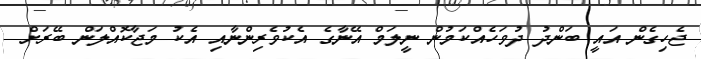
ޖެހިގެން އައީ ބަންދު ދުވަހެއްކަމުން ނީލަމް އޭނާގެ އެކުވެރިންނާއި އެކު މަޖާކޮއްލަން ބޭރަށް